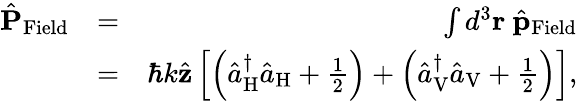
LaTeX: \begin{array}{rlr}{\hat{\mathbf P}_{\mathrm{Field}}}&{=}&{\int d^{3}{\mathbf r}\ \hat{\mathbf p}_{\mathrm{Field}}}\\ &{=}&{\hbar k\hat{\mathbf z}\left[\left(\hat{a}_{\mathrm{H}}^{\dagger}\hat{a}_{\mathrm{H}}+\frac{1}{2}\right)+\left(\hat{a}_{\mathrm{V}}^{\dagger}\hat{a}_{\mathrm{V}}+\frac{1}{2}\right)\right],}\end{array}